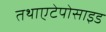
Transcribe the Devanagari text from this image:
तथाएटेपोसाइड